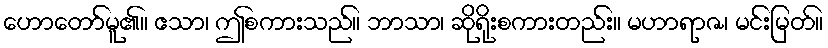
ဟောတော်မူ၏။ ဧသာ၊ ဤစကားသည်။ ဘာသာ၊ ဆိုရိုးစကားတည်း။ မဟာရာဇ၊ မင်းမြတ်။